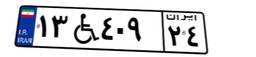
۱۵W۱۶۵۲۹